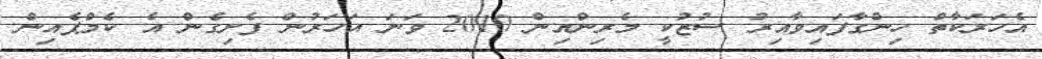
އެހަރަކާތް ހިންގާފައިވާއިރު ސުޒުކީ މެރިންއިން 2010 ވަނަ އަހަރުން ފެށިގެން އެ ކެމްޕެއިން